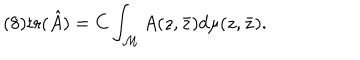
( 8 ) \mathrm { t r } ( \hat { A } ) = C \int _ { \cal M } A ( z , \bar { z } ) d \mu ( z , \bar { z } ) .